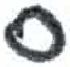
אות: ן